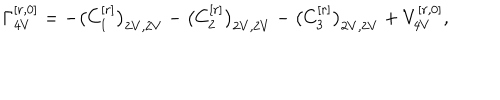
\Gamma _ { 4 V } ^ { [ r , 0 ] } = - \big ( C _ { 1 } ^ { [ r ] } \big ) _ { 2 V , 2 V } - \big ( C _ { 2 } ^ { [ r ] } \big ) _ { 2 V , 2 V } - \big ( C _ { 3 } ^ { [ r ] } \big ) _ { 2 V , 2 V } + V _ { 4 V } ^ { [ r , 0 ] } ,